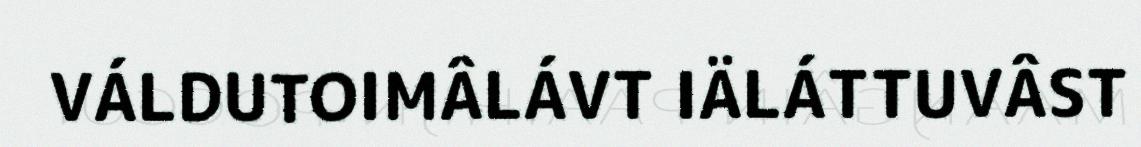
VÁLDUTOIMÂLÁVT IÄLÁTTUVÂST